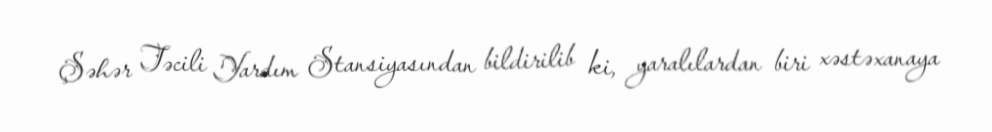
Şəhər Təcili Yardım Stansiyasından bildirilib ki, yaralılardan biri xəstəxanaya